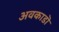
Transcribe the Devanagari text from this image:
अवकाडॊ